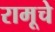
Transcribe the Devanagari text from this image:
रामूचे